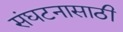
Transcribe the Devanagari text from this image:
संघटनासाठी